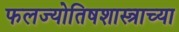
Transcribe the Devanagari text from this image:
फलज्योतिषशास्त्राच्या